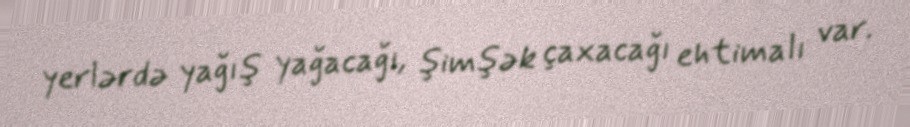
yerlərdə yağış yağacağı, şimşək çaxacağı ehtimalı var.